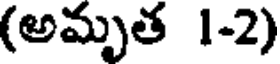
(అమృత 1-2)